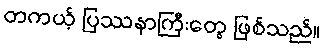
တကယ့် ပြဿနာကြီးတွေ ဖြစ်သည်။